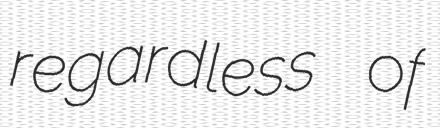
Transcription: regardless of